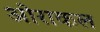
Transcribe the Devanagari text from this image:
ओराकल